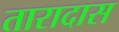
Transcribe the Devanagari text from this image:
तारादास